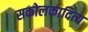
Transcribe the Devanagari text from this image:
सकोलकादित्य